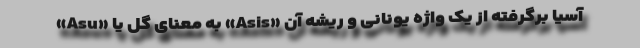
آسیا برگرفته از یک واژه یونانی و ریشه آن «Asis» به معنای گل یا «Asu»